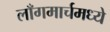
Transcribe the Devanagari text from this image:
लाँगमार्चमध्ये